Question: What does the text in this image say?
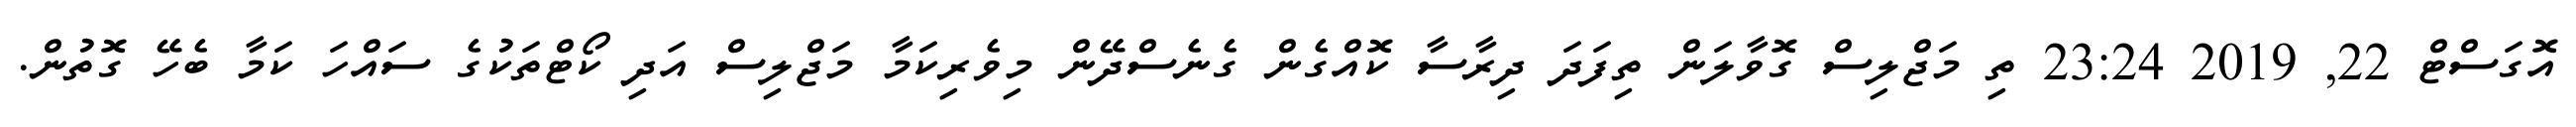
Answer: އޮގަސްޓް 22, 2019 23:24 ތި މަޖްލިސް ގޮވާލަން ތިފަދަ ދިރާސާ ކޮއްގެން ގެނެސްދޭން މިވެރިކަމާ މަޖްލިސް އަދި ކޯޓްތަކުގެ ސައްހަ ކަމާ ބެހޭ ގޮތުން.